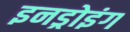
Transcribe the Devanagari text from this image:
इनड्रोइंग